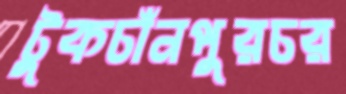
টুকচাঁনপুরচর